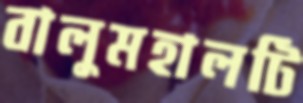
বালুমহালটি